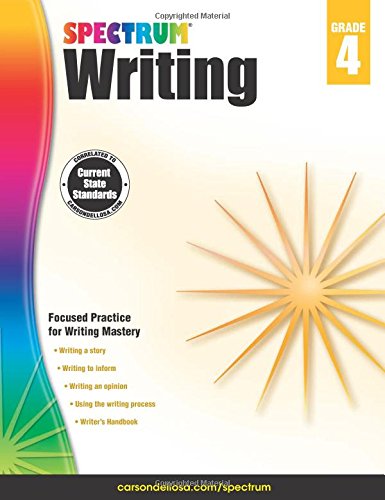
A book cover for Spectrum Writing, Grade 4; Children's Books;